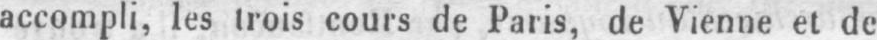
accompli, les trois cours de Paris, de Vienne et de